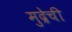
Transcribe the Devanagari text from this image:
मुद्रेची